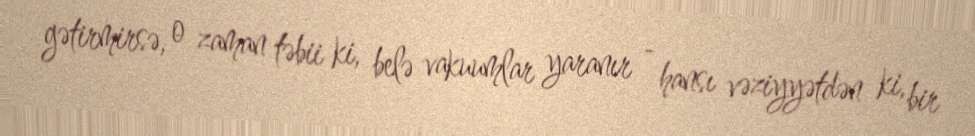
gətirmirsə, o zaman təbii ki, belə vakuumlar yaranır - hansı vəziyyətdən ki, bir